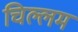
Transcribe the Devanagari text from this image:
चिल्लम